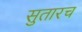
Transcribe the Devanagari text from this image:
सुतारच